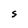
Character: S